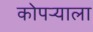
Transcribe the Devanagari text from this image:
कोपऱ्याला